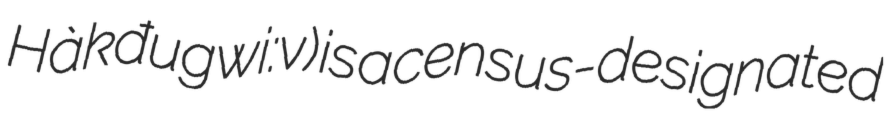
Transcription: Hàkđugwi:v) is a census-designated